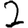
Digit: 2